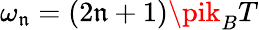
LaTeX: \omega_{\mathfrak{n}}=(2\mathfrak{n}+1)\pik_{B}T